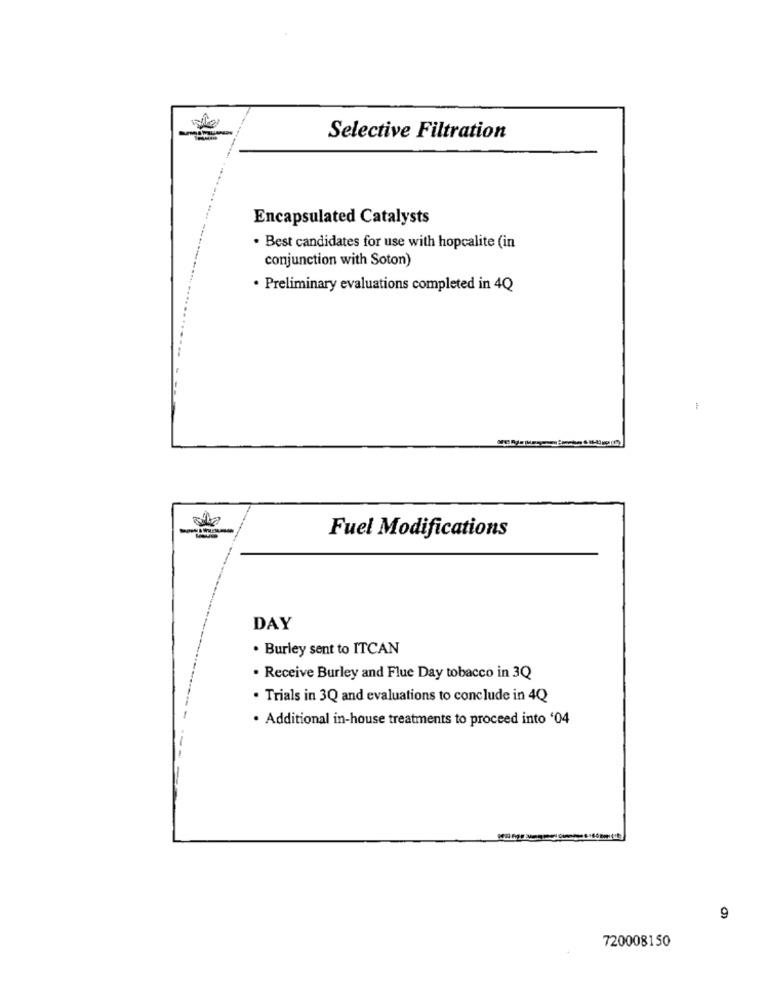
Selective Filtration
Encapsulated Catalysts
· Best candidates for use with hopcalite (in
conjunction with Soton)
· Preliminary evaluations completed in 4Q
Fuel Modifications
DAY
. Burley sent to ITCAN
· Receive Burley and Flue Day tobacco in 3Q
. Trials in 3Q and evaluations to conclude in 4Q
· Additional in-house treatments to proceed into '04
9
720008150